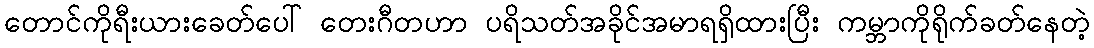
တောင်ကိုရီးယားခေတ်ပေါ် တေးဂီတဟာ ပရိသတ်အခိုင်အမာရရှိထားပြီး ကမ္ဘာကိုရိုက်ခတ်နေတဲ့